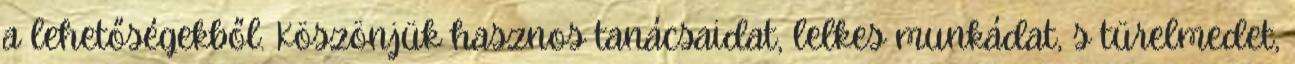
a lehetőségekből. Köszönjük hasznos tanácsaidat, lelkes munkádat, s türelmedet,